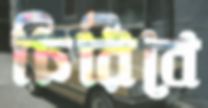
চিরিবে